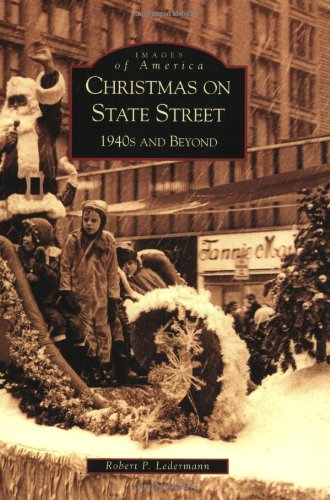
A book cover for Christmas on State Street: 1940's and Beyond (IL) (Images of America); Robert P. Ledermann; Biographies & Memoirs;